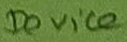
Text: Device